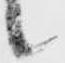
候